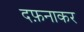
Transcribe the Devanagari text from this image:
दफ़नाकर